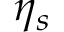
\eta _ { s }